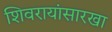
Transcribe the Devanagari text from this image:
शिवरायांसारखा